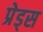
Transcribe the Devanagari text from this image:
प्रेड्स